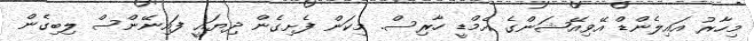
މިހާރު އައިލެންޑް އޭވިއޭޝަންގެ އެމްޑީ ހާރިސް. މިކަން ފެށިގެން ދިޔައީ ފައިނޭންސް ލިބިގެން